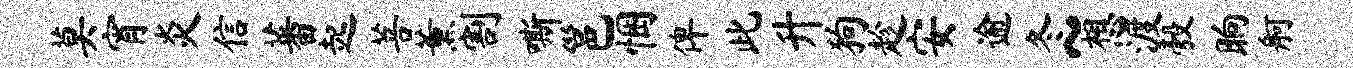
莫宵炎信蕃起菩薰割嘶邕悃俾此升狗趁安逾冬~想渡彀晌舸